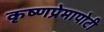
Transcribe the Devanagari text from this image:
कृष्णप्रेमापोटी